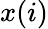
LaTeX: x(i)